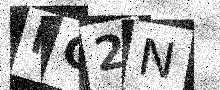
Text: MC2N